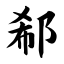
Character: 郗